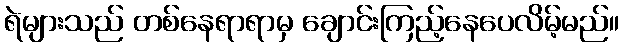
ရဲများသည် တစ်နေရာရာမှ ချောင်းကြည့်နေပေလိမ့်မည်။